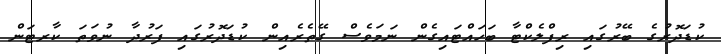
ކުޑަދޮރުގެ ބޭރުގައި ރިފްލެކްޓާ ބަހައްޓައިގެން ނަމަވެސް ގޭތެރެއިން ކުޑަދޮރުގައި ފަރުދާ ނުވަތަ ކާރޓަން